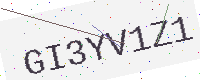
Text: GI3YV1Z1